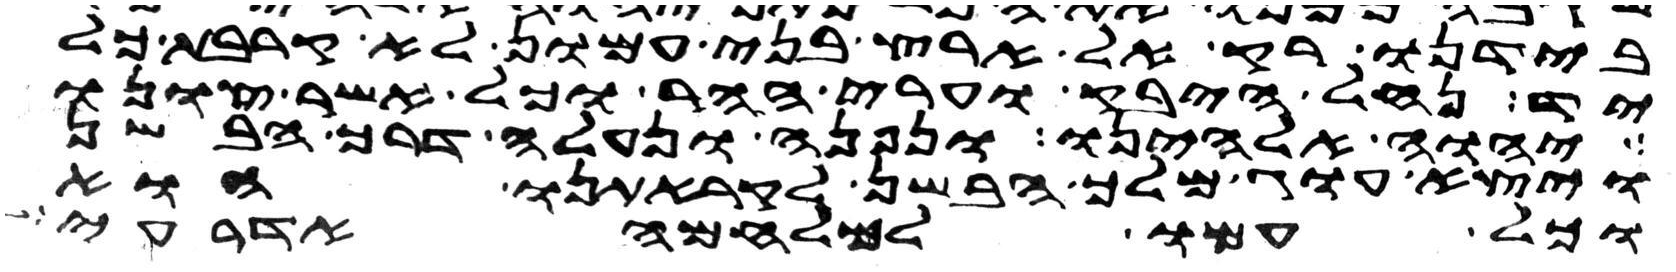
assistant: בידנו רק אל ארץ בני עמון לא קרבת כל
יד נחל היבק וערי ההר וכל אשר צונו
יהוה אלהינו ונפנה ונעלה דרך הבשן
ויצא עוג מלך הבשן לקראתנו הוא
וכל עמו למלחמה אדרעי